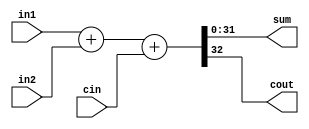
module parallelAdder (sum,cout,in1,in2,cin);
    parameter N=31;  // for 32 bit adder
    input [N:0] in1,in2;
    input cin;
    output [N:0] sum;
    output cout;
    assign {cout,sum} = in1 +in2 + cin ;
endmodule

module testbench;
  parameter N=31 ; // for 32 bit adder
  reg [N:0] in1,in2;
  reg cin;
  wire [N:0] sum;
  wire cout;
  parallelAdder DUT(sum,cout,in1,in2,cin);
  initial begin
    $dumpfile ("example.vcd");
    $dumpvars (0,testbench);
    $monitor ($time," in1 = %d, in2 = %d, cin = %b, sum = %d cout = %b",in1,in2,cin,sum,cout);
    in1 = 5; in2 = 7 ; cin = 1'b0 ;
    #1 in1 = 5; in2 = 7 ; cin = 1'b0 ;
    #1 in1 = 1; in2 = 7 ; cin = 1'b0 ;
    #1 in1 = 0; in2 = 7 ; cin = 1'b0 ;
    #1 in1 = 5; in2 = 2 ; cin = 1'b1 ;
    #1 in1 = 3; in2 = 3 ; cin = 1'b0 ;
    #1 in1 = 2; in2 = 0 ; cin = 1'b1 ;
    $finish;
  end
endmodule